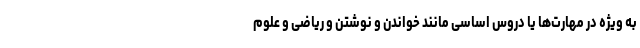
به ویژه در مهارت‌ها یا دروس اساسی مانند خواندن و نوشتن و ریاضی و علوم